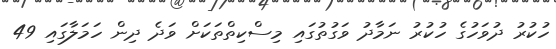
ހުކުރު ދުވަހުގެ ހުކުރު ނަމާދު ވަގުތުގައި މިސްކިތްތަކަށް ވަދެ ދިން ހަމަލާގައި 49